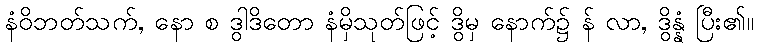
နံဝိဘတ်သက်, နော စ ဒွါဒိတော နံမှိသုတ်ဖြင့် ဒွိမှ နောက်၌ န် လာ, ဒွိန္နံ ပြီး၏။